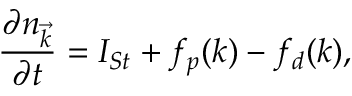
\frac { \partial n _ { \vec { k } } } { \partial t } = I _ { S t } + f _ { p } ( k ) - f _ { d } ( k ) ,